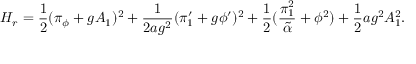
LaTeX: { \cal H } _ { r } = { \frac { 1 } { 2 } } ( \pi _ { \phi } + g A _ { 1 } ) ^ { 2 } + { \frac { 1 } { 2 a g ^ { 2 } } } ( \pi _ { 1 } ^ { \prime } + g \phi ^ { \prime } ) ^ { 2 } + { \frac { 1 } { 2 } } ( { \frac { \pi _ { 1 } ^ { 2 } } { \tilde { \alpha } } } + \phi ^ { 2 } ) + { \frac { 1 } { 2 } } a g ^ { 2 } A _ { 1 } ^ { 2 } .